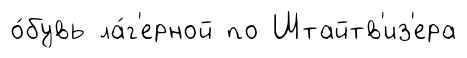
о́бувь ла́г'ерной по Штайтв'из'ера